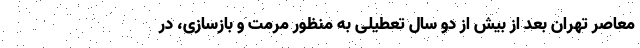
معاصر تهران بعد از بیش از دو سال تعطیلی به منظور مرمت و بازسازی، در